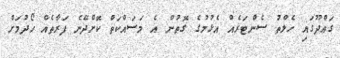
ގައްދޫގައި ހެލްތު ސެންޓަރެއް އެޅުމުގެ ގޮތުން އެ މަސައްކަތް ކޮށްދޭނެ ފަރާތެއް ހޯދުމަށް